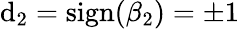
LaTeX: \mathrm{d}_{2}=\mathrm{{sign}}(\beta_{2})=\pm1